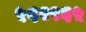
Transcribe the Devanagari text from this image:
५६२९६५